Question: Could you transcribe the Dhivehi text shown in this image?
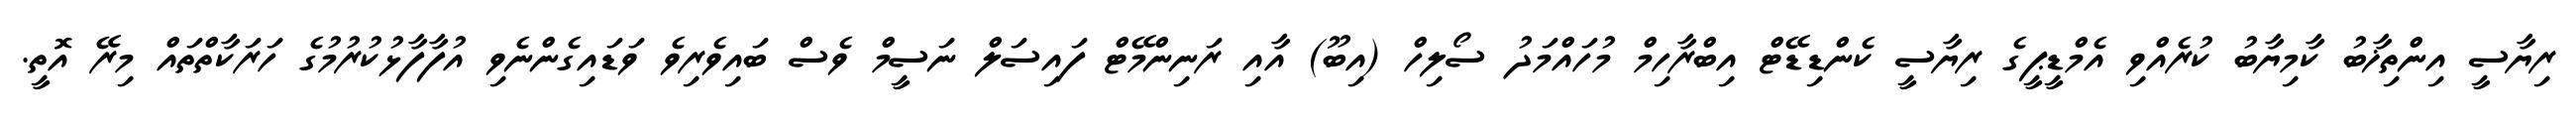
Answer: ރިޔާސީ އިންތިޚާބު ކާމިޔާބު ކުރެއްވި އެމްޑީޕީގެ ރިޔާސީ ކެންޑިޑޭޓް އިބްރާހިމް މުހައްމަދު ސޯލިހް (އިބޫ) އާއި ރަނިންމޭޓް ފައިސަލް ނަސީމް ވެސް ބައިވެރިވެ ވަޑައިގެންނެވި އުފާފާޅުކުރުމުގެ ހަރަކާތްތައް މިރޭ އޮތީ.